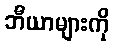
ဘီယာများကို